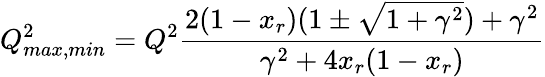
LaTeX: Q_{max,min}^{2}=Q^{2}{\frac{2(1-x_{r})(1\pm\sqrt{1+\gamma^{2}})+\gamma^{2}}{\gamma^{2}+4x_{r}(1-x_{r})}}